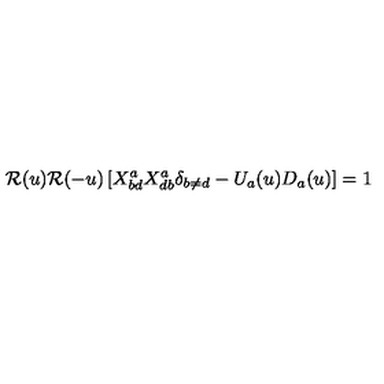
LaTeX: { \cal R } ( u ) { \cal R } ( - u ) \left[ X _ { b d } ^ { a } X _ { d b } ^ { a } \delta _ { b \neq d } - U _ { a } ( u ) D _ { a } ( u ) \right] = 1